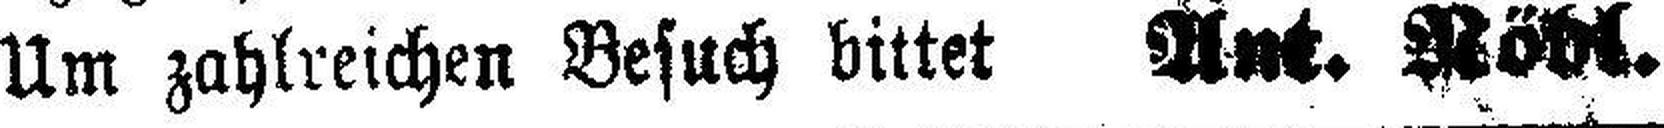
Um zahlreichen Besuch bittet Ant. Nödl.